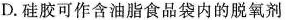
D.硅胶可作含油脂食品袋内的脱氧剂